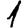
Digit: 1